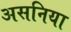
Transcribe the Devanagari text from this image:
असनिया